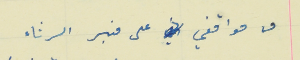
من مواقفي على منبر الرثاء